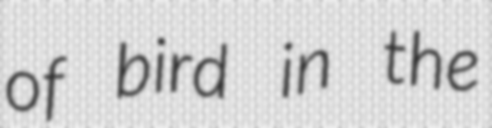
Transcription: of bird in the